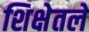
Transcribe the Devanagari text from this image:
शिक्षेतले